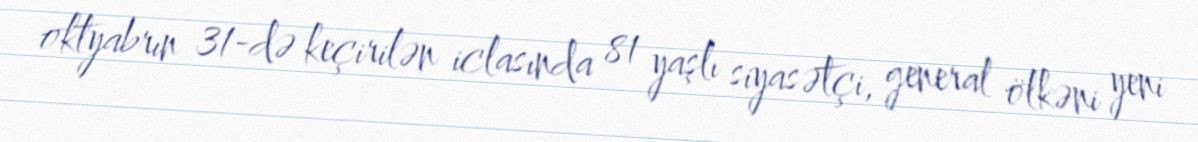
oktyabrın 31-də keçirilən iclasında 81 yaşlı siyasətçi, general ölkəni yeni